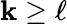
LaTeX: \mathbf{k}\ge\ell